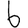
Digit: 6